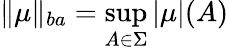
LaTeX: \| \mu\| _{ba}=\sup_{A\in\Sigma}|\mu|(A)